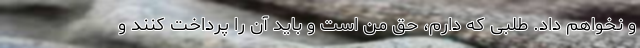
و نخواهم داد. طلبی که دارم، حق من است و باید آن را پرداخت کنند و